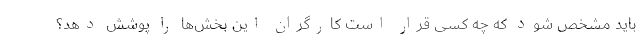
باید مشخص شود که چه کسی قرار است کارگران این بخش‌ها را پوشش دهد؟